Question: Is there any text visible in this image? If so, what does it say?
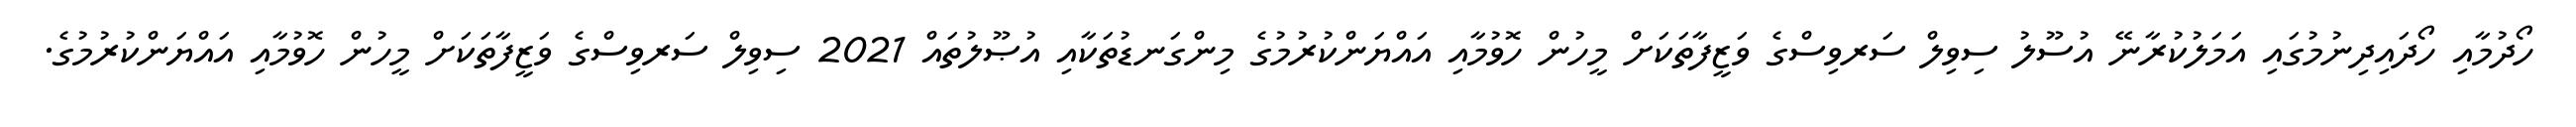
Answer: ހޯދުމާއި ހޯދައިދިނުމުގައި އަމަލުކުރާނޭ އުސޫލު ސިވިލް ސަރވިސްގެ ވަޒީފާތަކަށް މީހުން ހޮވުމާއި އައްޔަންކުރުމުގެ މިންގަނޑުތަކާއި އުޞޫލުތައް 2021 ސިވިލް ސަރވިސްގެ ވަޒީފާތަކަށް މީހުން ހޮވުމާއި އައްޔަންކުރުމުގެ.